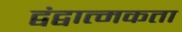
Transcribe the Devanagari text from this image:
द्वंद्वात्मकता